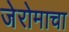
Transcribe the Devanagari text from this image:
जेरोमाचा